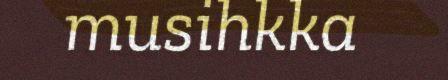
musihkka